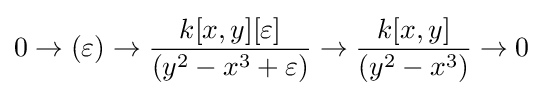
0\to (\varepsilon )\to {\frac {k[x,y][\varepsilon ]}{(y^{2}-x^{3}+\varepsilon )}}\to {\frac {k[x,y]}{(y^{2}-x^{3})}}\to 0